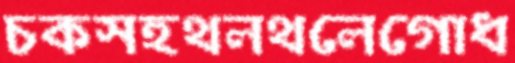
চকসহথলথলেগোধ